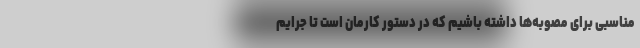
مناسبی برای مصوبه‌ها داشته باشیم که در دستور کارمان است تا جرایم